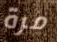
مرة